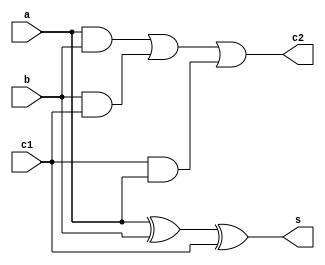
`timescale 1ns / 1ps
module fa_struc(s,c2,a,b,c1);
input a,b,c1;
output s,c2;
assign s=a^b^c1;
assign c2=a&b|b&c1|c1&a;
endmodule